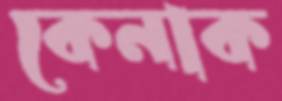
কেনাক